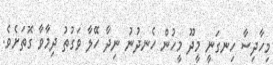
މިހާދިސާ ހިނގަނީ މީދޫ މީހުން ހެނދުނު ނިދާ ހޭލާ ވަގުތު ދިމާވާ ގޮތަށެވެ.